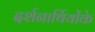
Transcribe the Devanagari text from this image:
दर्शनार्थियोंके